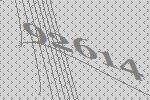
92614